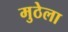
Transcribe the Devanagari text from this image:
मुठेला